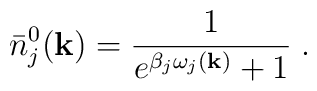
\bar{n}_j^0({\bf k})=\frac{1}{{ e}^{\beta_j\omega_j({\bf k})}+1}\;.